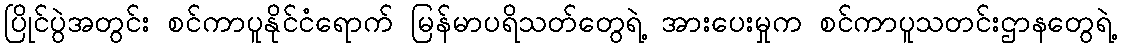
ပြိုင်ပွဲအတွင်း စင်ကာပူနိုင်ငံရောက် မြန်မာပရိသတ်တွေရဲ့ အားပေးမှုက စင်ကာပူသတင်းဌာနတွေရဲ့